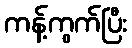
ကန့်ကွက်ပြီး